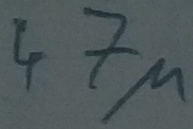
Text: 47µ